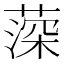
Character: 𦸂